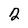
Character: 2